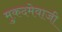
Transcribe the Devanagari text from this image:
मुकदमेवाजी